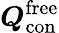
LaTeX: \boldsymbol{Q}_{\mathrm{con}}^{\mathrm{free}}